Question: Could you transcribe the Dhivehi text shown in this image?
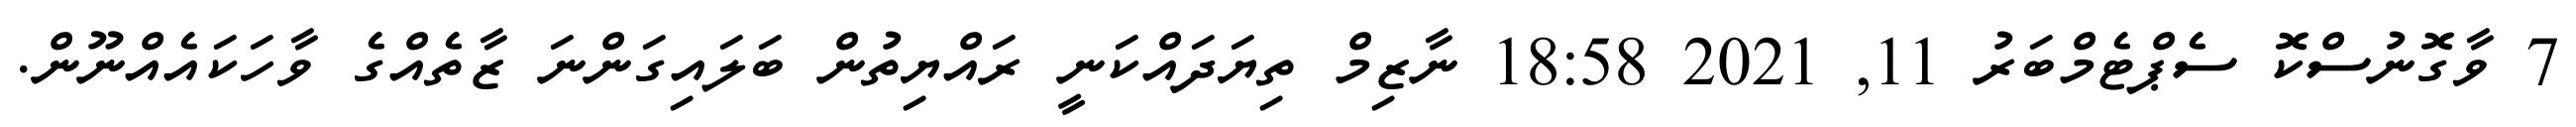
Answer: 7 ވާގޮނުސްކޮ ސެޕްޓެމްބަރު 11, 2021 18:58 ނާޒިމް ތިޔަދައްކަނީ ރައްޔިތުން ބަލައިގަންނަ ޒާތެއްގެ ވާހަކައެއްނޫން.